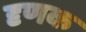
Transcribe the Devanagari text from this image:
दृणक